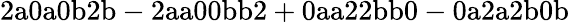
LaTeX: \mathrm{2a0a0b2b-2aa00bb2+0aa22bb0-0a2a2b0b}